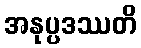
အနုပ္ပဒဿတိ